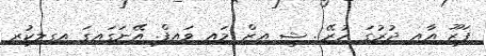
ފަޒޫ އާއި ދުރުގަ ހުރޭ.. ޝީ އިޒް މައި ވައިފް. އޭނަގައިގަ އިގިލިކުރި